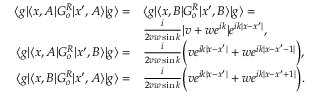
\begin{array} { r l } { \langle g | \langle x , A | G _ { o } ^ { R } | x ^ { \prime } , A \rangle | g \rangle = } & { \langle g | \langle x , B | G _ { o } ^ { R } | x ^ { \prime } , B \rangle | g \rangle = } \\ & { \frac { i } { 2 v w \sin { k } } | v + w e ^ { i k } | e ^ { i k | x - x ^ { \prime } | } , } \\ { \langle g | \langle x , A | G _ { o } ^ { R } | x ^ { \prime } , B \rangle | g \rangle = } & { \frac { i } { 2 v w \sin { k } } \Big ( v e ^ { i k | x - x ^ { \prime } | } + w e ^ { i k | x - x ^ { \prime } - 1 | } \Big ) , } \\ { \langle g | \langle x , B | G _ { o } ^ { R } | x ^ { \prime } , A \rangle | g \rangle = } & { \frac { i } { 2 v w \sin { k } } \Big ( v e ^ { i k | x - x ^ { \prime } | } + w e ^ { i k | x - x ^ { \prime } + 1 | } \Big ) . } \end{array}